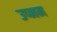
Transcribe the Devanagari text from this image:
उप्नम